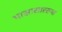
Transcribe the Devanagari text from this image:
भासासारख्या